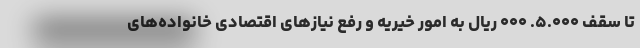
تا سقف ۵.۰۰۰. ۰۰۰ ریال به امور خیریه و رفع نیازهای اقتصادی خانواده‌های